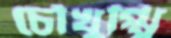
চৌখুপ্পি